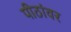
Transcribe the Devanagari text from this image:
पीठांवर